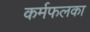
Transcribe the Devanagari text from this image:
कर्मफलका